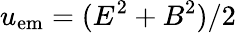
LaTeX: u_{\mathrm{em}}=(E^{2}+B^{2})/2